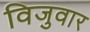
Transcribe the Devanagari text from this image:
विजुवार